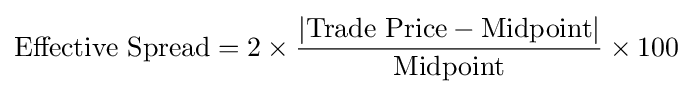
{\text{Effective Spread}}=2\times {\frac {|{\hbox{Trade Price}}-{\hbox{Midpoint}}|}{\hbox{Midpoint}}}\times 100